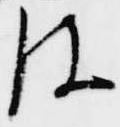
皮